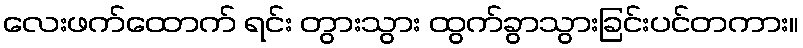
လေးဖက်ထောက် ရင်း တွားသွား ထွက်ခွာသွားခြင်းပင်တကား။